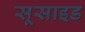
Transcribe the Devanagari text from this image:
सूसाइड